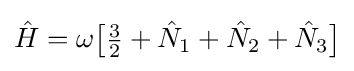
{\hat {H}}=\omega {\bigl [}{\tfrac {3}{2}}+{\hat {N}}_{1}+{\hat {N}}_{2}+{\hat {N}}_{3}{\bigr ]}